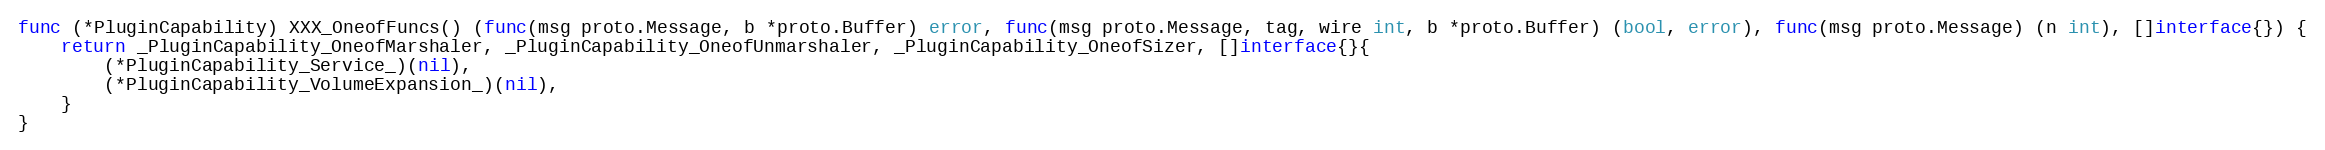
Language: Go
func (*PluginCapability) XXX_OneofFuncs() (func(msg proto.Message, b *proto.Buffer) error, func(msg proto.Message, tag, wire int, b *proto.Buffer) (bool, error), func(msg proto.Message) (n int), []interface{}) {
	return _PluginCapability_OneofMarshaler, _PluginCapability_OneofUnmarshaler, _PluginCapability_OneofSizer, []interface{}{
		(*PluginCapability_Service_)(nil),
		(*PluginCapability_VolumeExpansion_)(nil),
	}
}